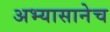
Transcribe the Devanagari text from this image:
अभ्यासानेच